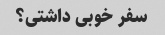
سفر خوبی داشتی؟